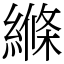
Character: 縧